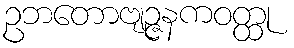
ဥဘတောဗျဉ္ဇနကဝတ္ထု